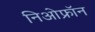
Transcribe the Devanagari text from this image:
निओफ्रॉन